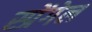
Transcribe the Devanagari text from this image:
स्प्रेंगेल